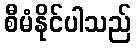
စီမံနိုင်ပါသည်